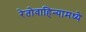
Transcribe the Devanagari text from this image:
रेतोवाहिन्यामध्ये